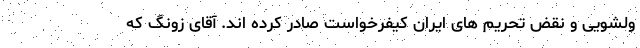
ولشویی و نقض تحریم های ایران کیفرخواست صادر کرده اند. آقای زونگ که